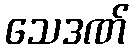
သေဒဏ်